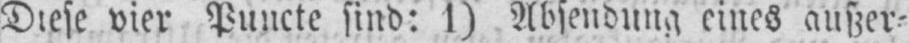
Diese vier Puncte sind: 1) Absendung eines außer⸗